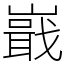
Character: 嶯